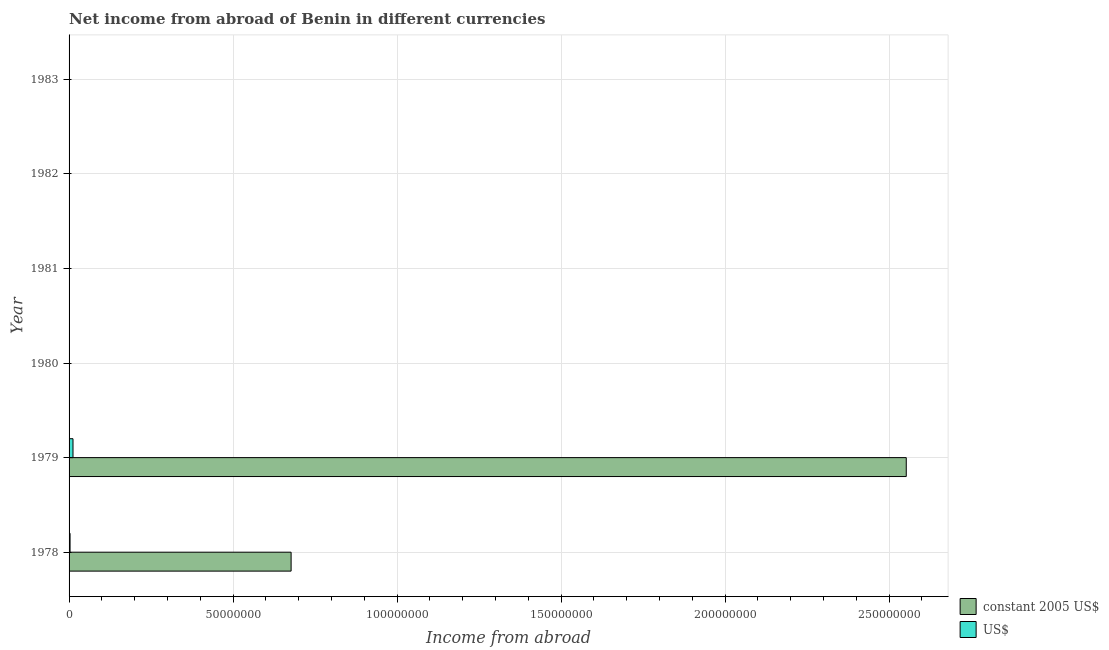
| Year | constant 2005 US$ | US$ |
 | --- | --- | --- |
 | 1978 | 6.77e+07 | 3e+05 |
 | 1979 | 2.55e+08 | 1.2e+06 |
 | 1980 | -6.13e+08 | -2.9e+06 |
 | 1981 | -8.7e+08 | -3.2e+06 |
 | 1982 | -1.97e+09 | -6e+06 |
 | 1983 | -5.07e+09 | -1.33e+07 |